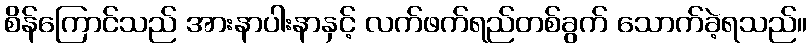
စိန်ကြောင်သည် အားနာပါးနာနှင့် လက်ဖက်ရည်တစ်ခွက် သောက်ခဲ့ရသည်။